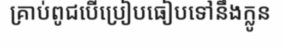
គ្រាប់ពូជបើប្រៀបធៀបទៅនឹងក្លូន